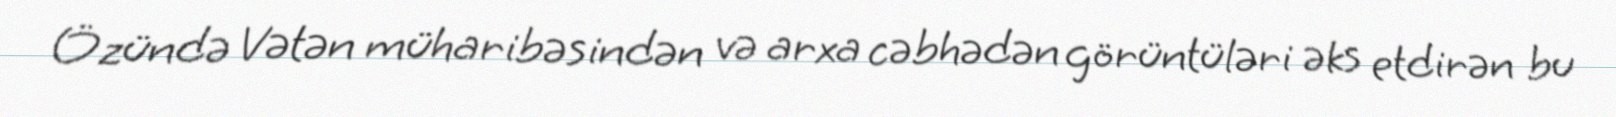
Özündə Vətən müharibəsindən və arxa cəbhədən görüntüləri əks etdirən bu